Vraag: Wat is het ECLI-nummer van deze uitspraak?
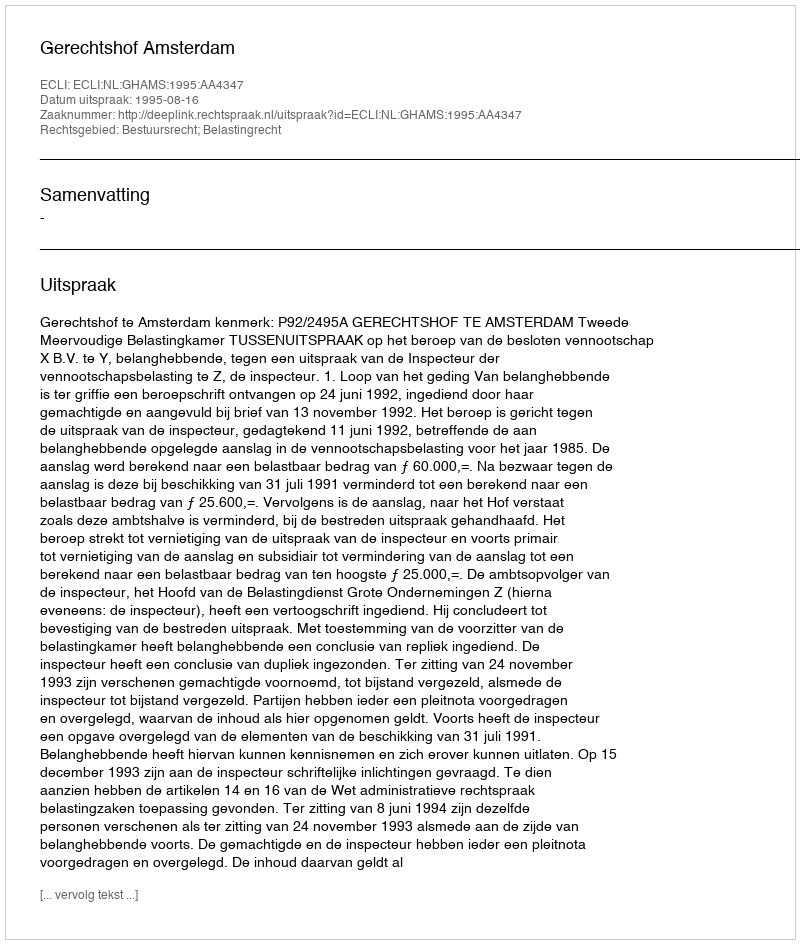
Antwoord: ECLI:NL:GHAMS:1995:AA4347